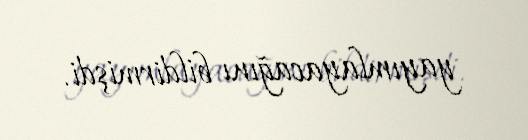
yayımlayacağını bildirmişdi.